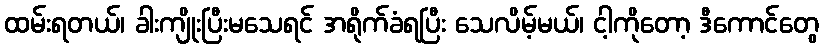
ထမ်းရတယ်၊ ခါးကျိုးပြီးမသေရင် အရိုက်ခံရပြီး သေလိမ့်မယ်၊ ငါ့ကိုတော့ ဒီကောင်တွေ